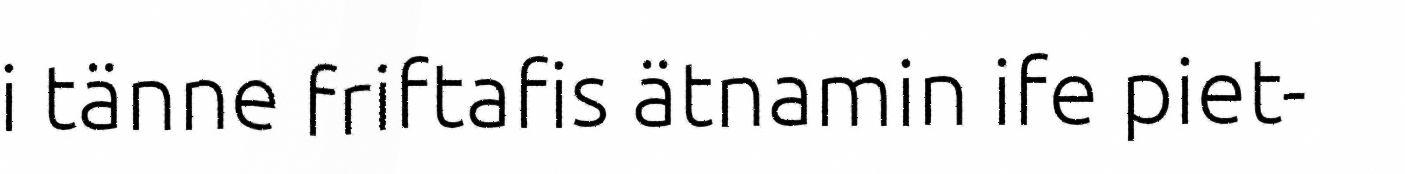
i tänne friftafis ätnamin ife piet-